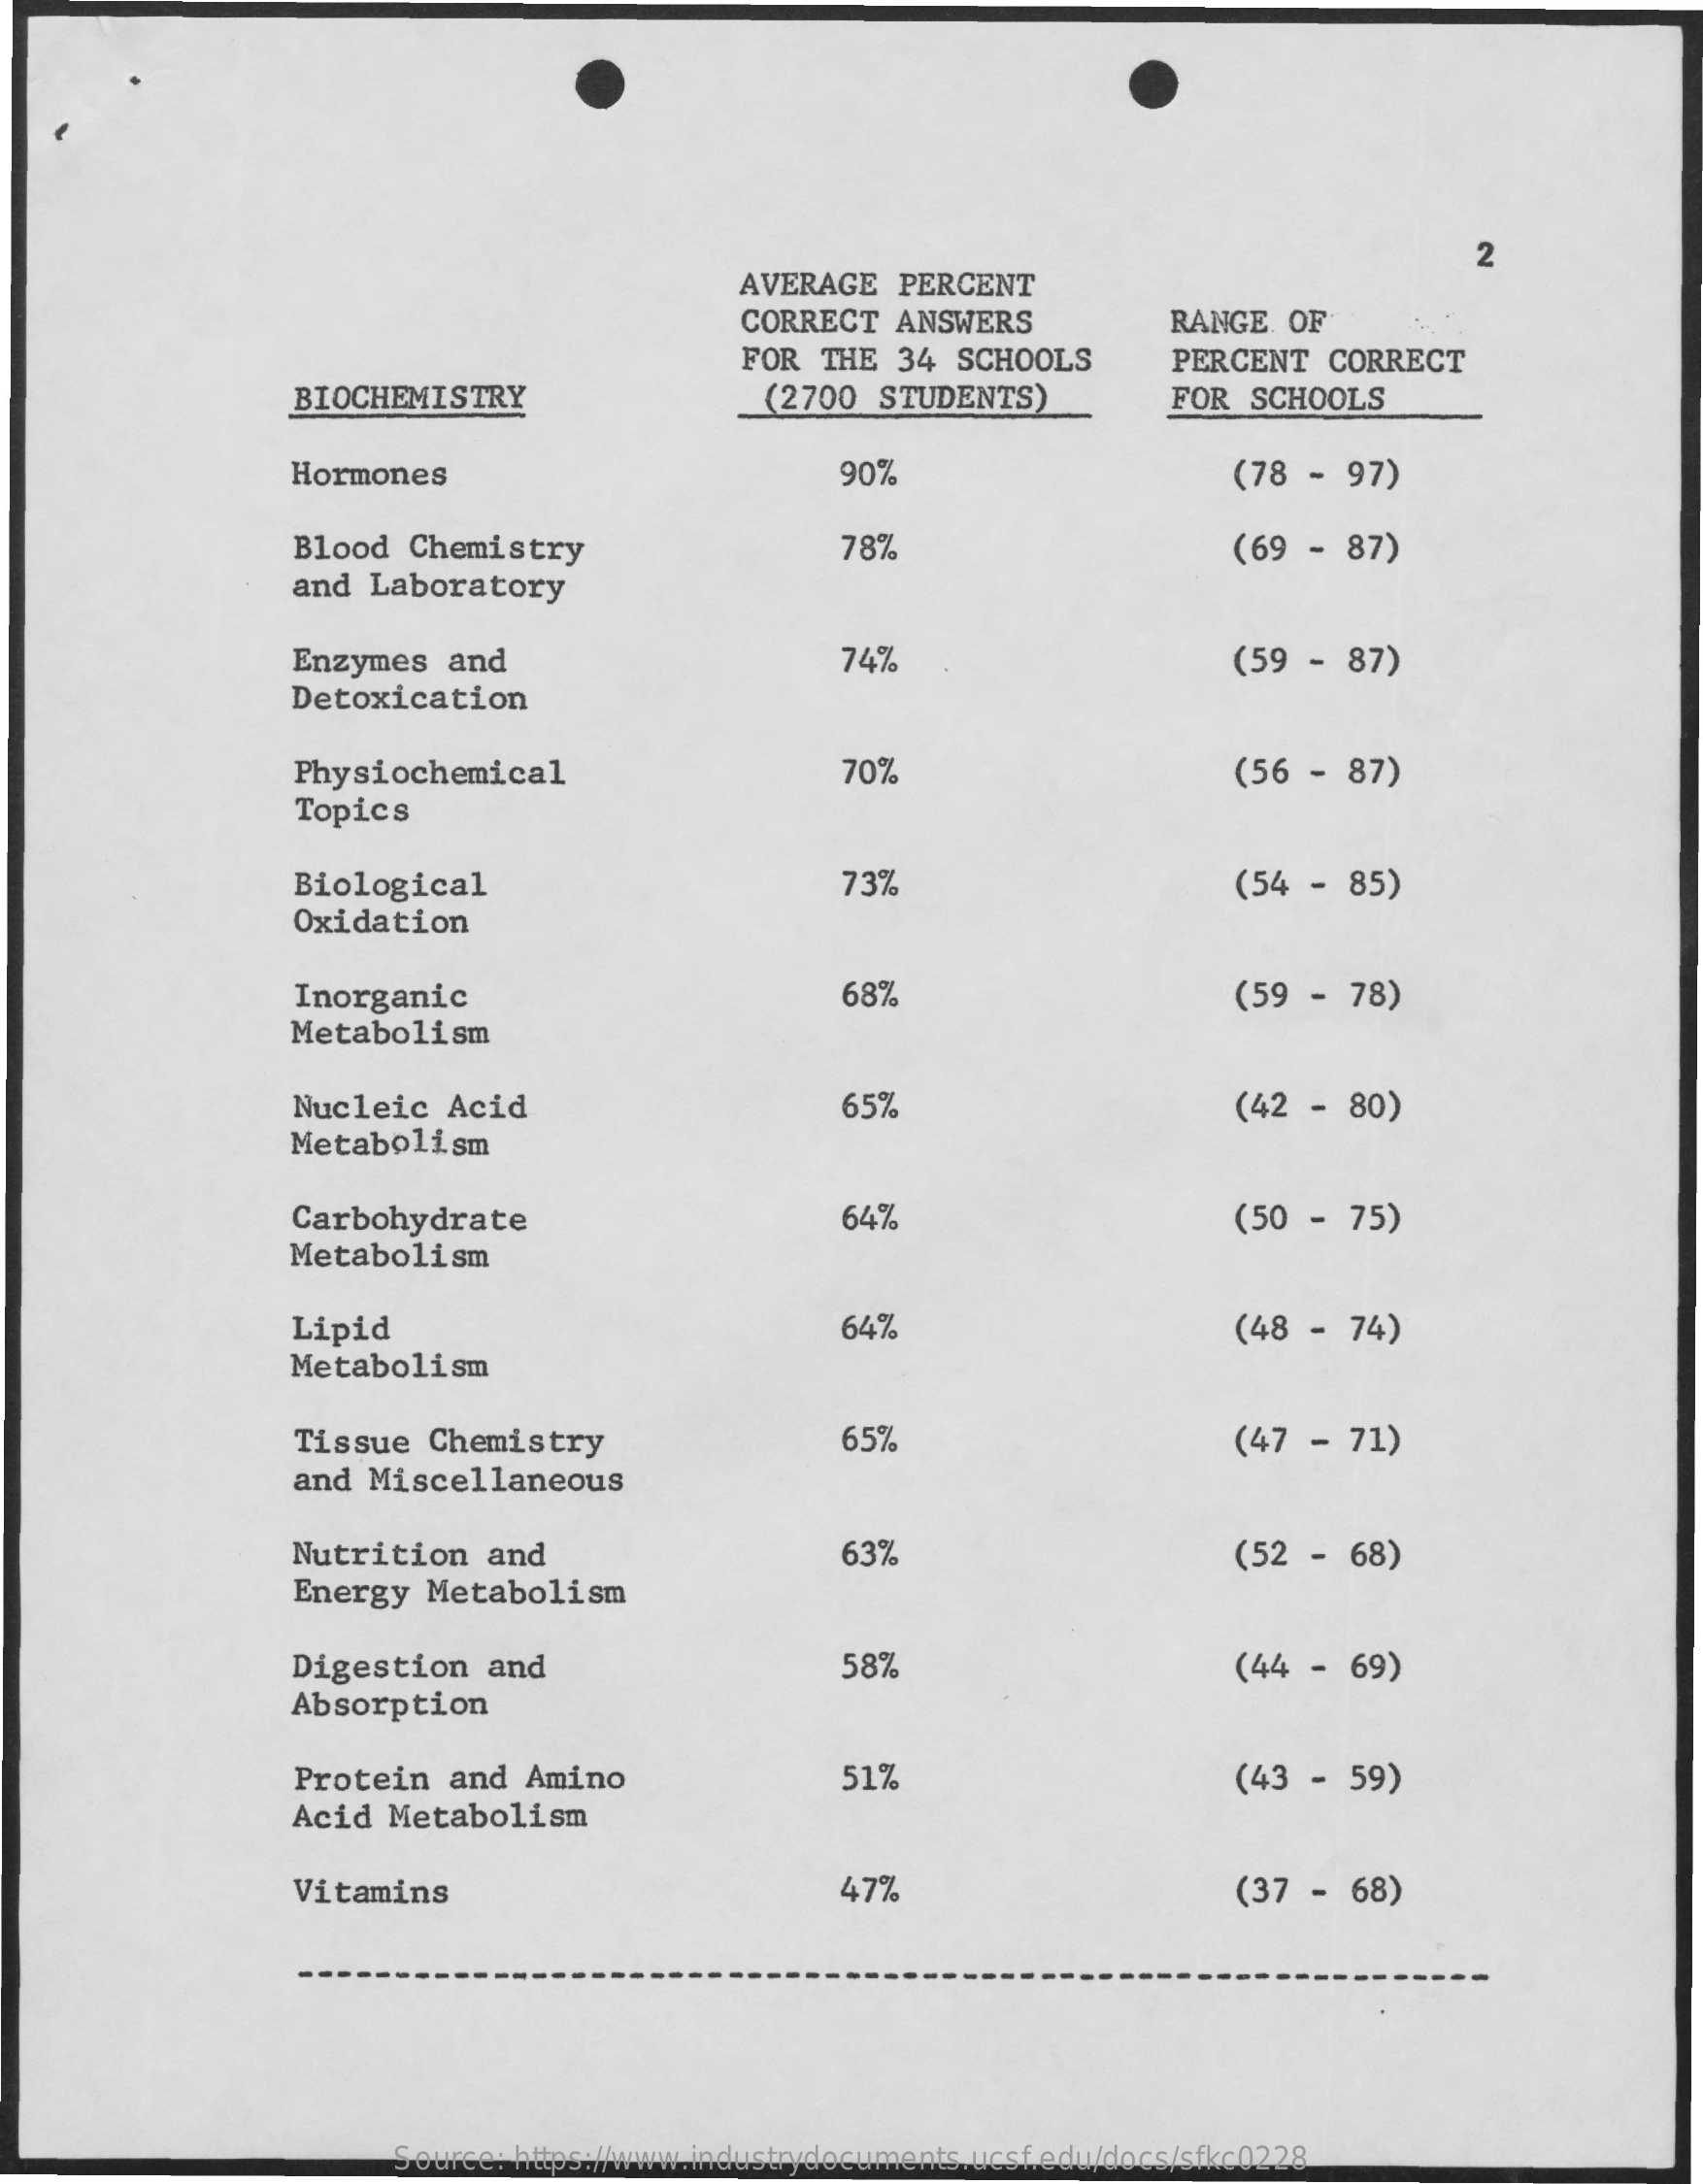
2
     AVERAGE   PERCENT
     CORRECT   ANSWERS    RANGE  OF
     FOR  THE  34  SCHOOLS
     (2700   STUDENTS)
     PERCENT   CORRECT
     BIOCHEMISTRY    FOR  SCHOOLS
     Hormones    90%    (78  - 97)
     Blood  Chemistry    78%    (69  - 87)
     and  Laboratory
     Enzymes   and    74%    (59  - 87)
     Detoxication
     Physiochemical    70%    (56  - 87)
     Topics
     Biological    73%    (54  - 85)
     Oxidation
     Inorganic    68%    (59  - 78)
     Metabolism
     Nucleic   Acid    65%    (42  - 80)
     Metabolism
     Carbohydrate    64%    (50  - 75)
     Metabolism
     Lipid    64%    (48  - 74)
     Metabolism
     Tissue   Chemistry    65%    (47  - 71)
     and  Miscellaneous
     Nutrition   and    63%    (52  - 68)
     Energy   Metabolism
     Digestion    and    58%    (44  - 69)
     Absorption
     Protein   and  Amino    51%    (43  - 59)
     Acid  Metabolism
     Vitamins    47%    (37  - 68)
     Source: https://www.industrydocuments.ucsf.edu/docs/sfkc0228